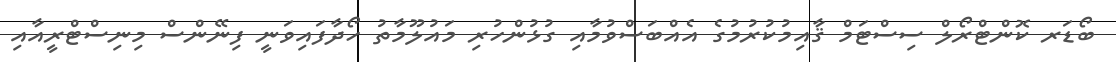
ބޯޑަރ ކޮންޓްރޯލް ސިސްޓަމް ޤާއިމުކުރުމުގެ އެއްބަސްވުމާއި ގުޅުންހުރި މައުލޫމާތު ހޯދާފައިވަނީ ފިނޭންސް މިނިސްޓްރީއާއި